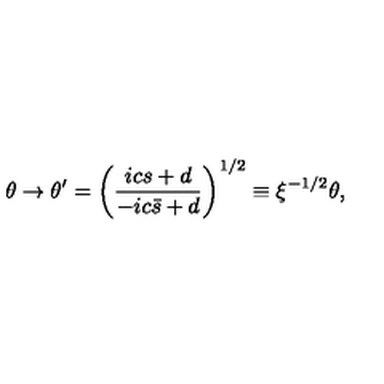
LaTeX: \theta \rightarrow \theta ^ { \prime } = \left( \frac { i c s + d } { - i c \bar { s } + d } \right) ^ { 1 / 2 } \equiv \xi ^ { - 1 / 2 } \theta ,